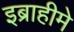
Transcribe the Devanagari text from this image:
इब्राहीमे